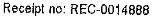
RECEIPT NO: REC-0014888